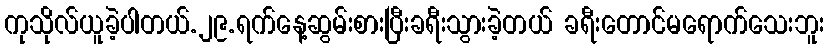
ကုသိုလ်ယူခဲ့ပါတယ်.၂၉.ရက်နေ့ဆွမ်းစားပြီးခရီးသွားခဲ့တယ် ခရီးတောင်မရောက်သေးဘူး